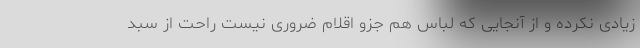
زیادی نکرده و از آنجایی که لباس هم جزو اقلام ضروری نیست راحت از سبد